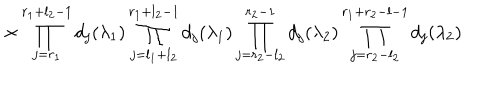
LaTeX: \times \prod _ { j = r _ { 1 } } ^ { r _ { 1 } + l _ { 2 } - 1 } d _ { j } ( \lambda _ { 1 } ) \prod _ { j = l _ { 1 } + l _ { 2 } } ^ { r _ { 1 } + l _ { 2 } - 1 } d _ { j } ( \lambda _ { 1 } ) \prod _ { j = r _ { 2 } - l _ { 2 } } ^ { r _ { 2 } - 1 } d _ { j } ( \lambda _ { 2 } ) \prod _ { j = r _ { 2 } - l _ { 2 } } ^ { r _ { 1 } + r _ { 2 } - l - 1 } d _ { j } ( \lambda _ { 2 } )